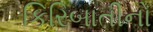
કિરિબાતીનો